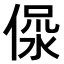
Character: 𣶚